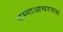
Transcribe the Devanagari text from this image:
धम्माआचरनास